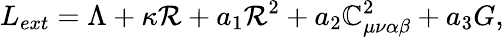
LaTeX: L_{ext}=\Lambda+\kappa\mathcal{R}+a_{1}\mathcal{R}^{2}+a_{2}\mathbb{C}_{\mu\nu\alpha\beta}^{2}+a_{3}G,